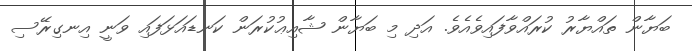
ބަޔާން ތައްޔާރު ކުރައްވާފައިވެއެވެ. އަދި މި ބަޔާން ޝާއިޢުކުރަން ކަނޑައަޅަފައި ވަނީ އިނގިރޭސި